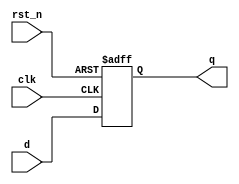
//===========================================================================//
//
// Description: A D flip-flop with an asynchronous active-low reset
//
//===========================================================================//

module dff (
  input   wire   clk,
  input   wire   rst_n,
  input   wire   d,
  output  reg    q
);

always @ (posedge clk or negedge rst_n) begin
  if (~rst_n) begin
    q <= 1'b0;
  end else begin
    q <= d;
  end
end

endmodule